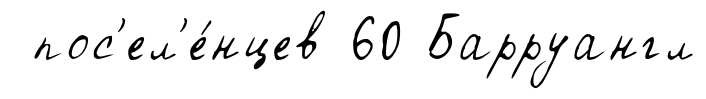
пос'ел'е́нцев 60 Барруангл